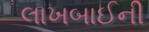
લાખબાઈની